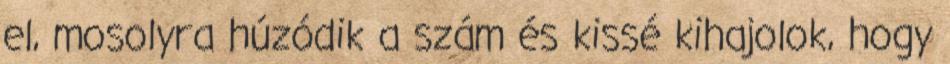
el, mosolyra húzódik a szám és kissé kihajolok, hogy